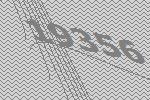
19356